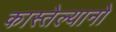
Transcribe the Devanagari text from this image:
कास्तेल्यानो